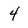
Character: 4